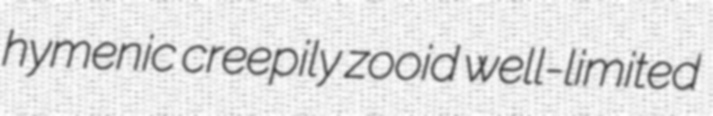
hymenic creepily zooid well-limited